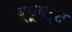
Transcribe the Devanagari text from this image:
व्यूवर्स